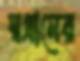
স্বগ্রামের